Indian Civil Veterinary Department memoirs
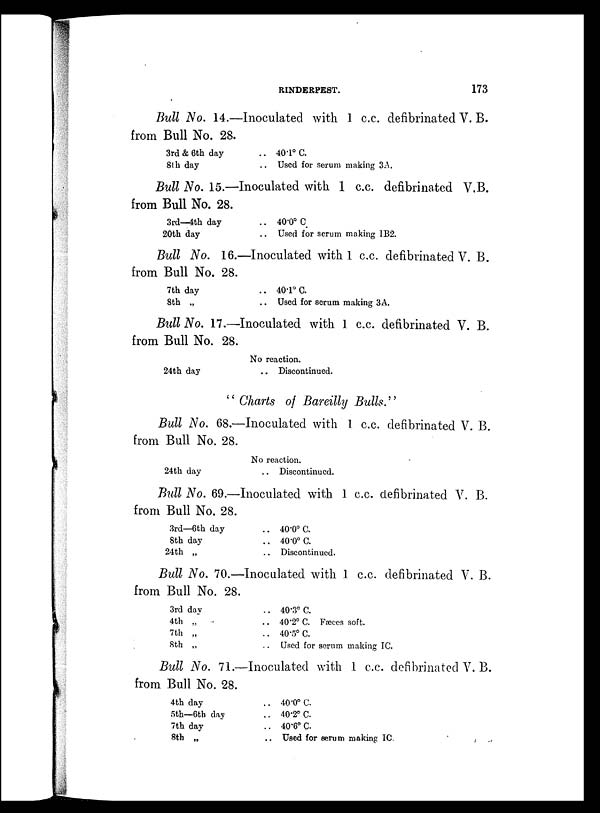
RINDERPEST.
173
Bull No. 14.—Inoculated with 1 c.c. defibrinated V. B.
from Bull No. 28.
3rd & 6th day
8th day
.. 40.1º C.
.. Used for serum making 3A.
Bull No. 15.—Inoculated with 1 c.c. defibrinated V.B.
from Bull No. 28.
3rd—4th day
20th day
.. 40.0º C.
Used for serum making IB2.
Bull No. 16.—Inoculated with 1 c.c. defibrinated V. B.
from Bull No. 28.
7th day
8th „
.. 40.1º C.
.. Used for serum making 3A.
Bull No. 17.—Inoculated with 1 c.c. defibrinated V. B.
from Bull No. 28.
24th day
No reaction.
.. Discontinued.
"Charts of Bareilly Bulls."
Bull No. 68.—Inoculated with 1 c.c. defibrinated V. B.
from Bull No. 28.
24th day
No reaction.
.. Discontinued.
Bull No. 69.—Inoculated with 1 c.c. defibrinated V. B.
from Bull No. 28.
3rd—6th day
8th day
24th „
.. 40.0º C.
.. 40.0º C.
.. Discontinued.
Bull No. 70.—Inoculated with 1 c.c. defibrinated V. B.
from Bull No. 28.
3rd day
4th
„
7th „
8th „
.. 40.3º C.
.. 40.2º C. Fæces soft.
.. 40.5º C.
Used for serum making IC.
Bull No. 71.—Inoculated with 1 c.c. defibrinated V. B.
from Bull No. 28.
4th day
5th—6th day
7th day
8th „
.. 40.0º C.
.. 40.2º C.
.. 40.6º C.
.. Used for serum making IC.